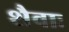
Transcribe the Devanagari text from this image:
शैवाः